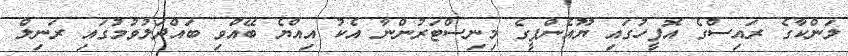
ލަންކާގެ ރައިސްގެ އޮފީހުގައި ޔޫއެންޕީގެ މިނިސްޓަރުންނާ އެކު އިއްޔެ ބޭއްވި ބައްދަލުވުމުގައި ރަނިލް